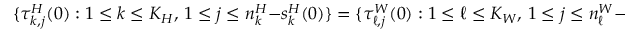
\{ \tau _ { k , j } ^ { H } ( 0 ) : 1 \leq k \leq K _ { H } , \, 1 \leq j \leq n _ { k } ^ { H } - s _ { k } ^ { H } ( 0 ) \} = \{ \tau _ { \ell , j } ^ { W } ( 0 ) : 1 \leq \ell \leq K _ { W } , \, 1 \leq j \leq n _ { \ell } ^ { W } - s _ { \ell } ^ { W } ( 0 ) \} .